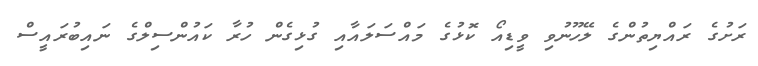
ރަށުގެ ރައްޔިތުންގެ ލޭހޫނުވި ވީޑިއޯ ކޮޅުގެ މައްސަލައާއި ގުޅިގެން ހުރާ ކައުންސިލްގެ ނައިބުރައީސް